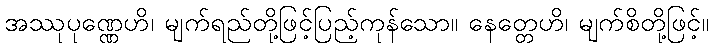
အဿုပုဏ္ဏေဟိ၊ မျက်ရည်တို့ဖြင့်ပြည့်ကုန်သော။ နေတ္တေဟိ၊ မျက်စိတို့ဖြင့်။